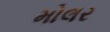
મોલર